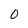
Character: 0